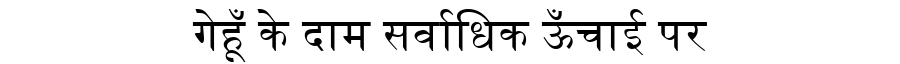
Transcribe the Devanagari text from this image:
गेहूँ के दाम सर्वाधिक ऊँचाई पर